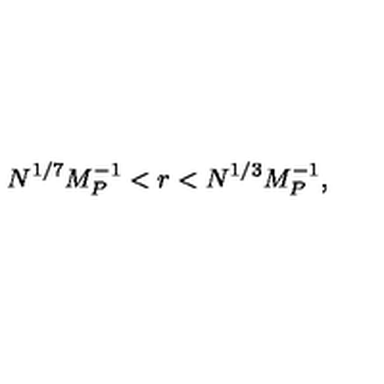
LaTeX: N ^ { 1 / 7 } M _ { P } ^ { - 1 } < r < N ^ { 1 / 3 } M _ { P } ^ { - 1 } ,